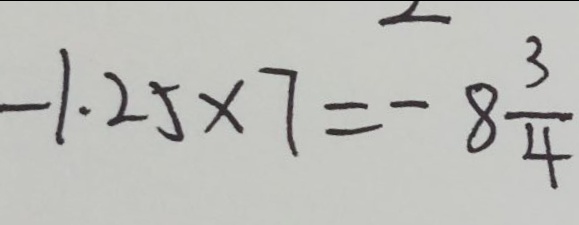
- 1 . 2 5 \times 7 = - 8 \frac { 3 } { 4 }